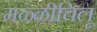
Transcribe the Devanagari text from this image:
मळ्ळीचिलू